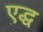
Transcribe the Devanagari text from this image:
एद्ध